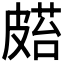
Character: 𥀌